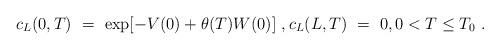
LaTeX: \begin{align*}c_L(0,T) \ = \ \exp[-V(0)+\theta(T)W(0)] \ , c_L(L,T) \ = \ 0, 0<T\le T_0 \ .\end{align*}